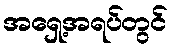
အရှေ့အရပ်တွင်